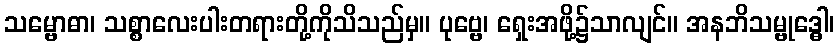
သမ္ဗောဓာ၊ သစ္စာလေးပါးတရားတို့ကိုသိသည်မှ။ ပုဗ္ဗေ၊ ရှေးအဖို့၌သာလျင်။ အနဘိသမ္ဗုဒ္ဓေါ၊